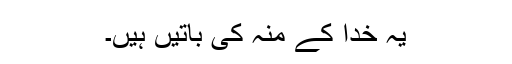
یہ خدا کے منہ کی باتیں ہیں۔